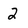
Character: 2